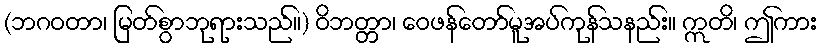
(ဘဂဝတာ၊ မြတ်စွာဘုရားသည်။) ဝိဘတ္တာ၊ ဝေဖန်တော်မူအပ်ကုန်သနည်း။ ဣတိ၊ ဤကား